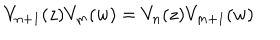
V _ { n + 1 } ( z ) V _ { m } ( w ) = V _ { n } ( z ) V _ { m + 1 } ( w )